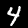
Label: 4